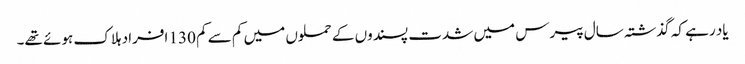
یاد رہے کہ گذشتہ سال پیرس میں شدت پسندوں کے حملوں میں کم سے کم 130 افراد ہلاک ہوئے تھے۔